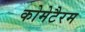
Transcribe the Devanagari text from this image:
कोमेटैरम